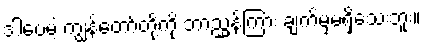
ဒါပေမဲ့ ကျွန်တော်တို့ကို ဘာညွှန်ကြား ချက်မှမရှိသေးဘူး။